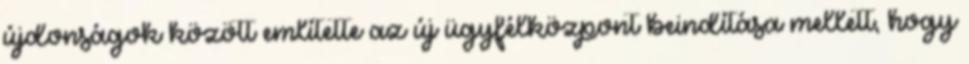
újdonságok között említette az új ügyfélközpont beindítása mellett, hogy